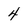
Character: 4